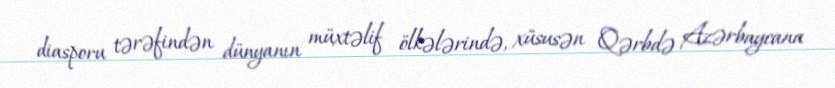
diasporu tərəfindən dünyanın müxtəlif ölkələrində, xüsusən Qərbdə Azərbaycana